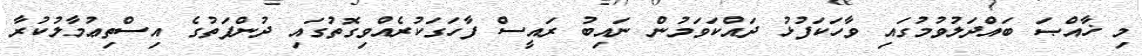
މި ޚާއްޞަ ބައްދަލުވުމުގައި ވާހަކަފުޅު ދައްކަވަމުން ނައިބު ރައީސް ފާހަގަކުރެއްވިގޮތުގައި ދުންފަތުގެ އިސްތިޢުމާލުކުރާ